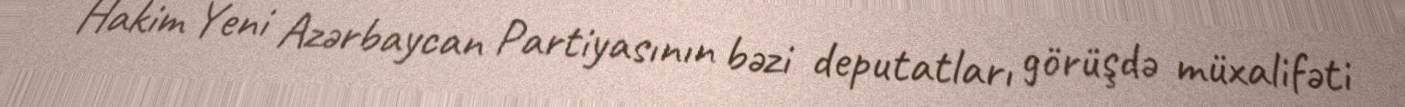
Hakim Yeni Azərbaycan Partiyasının bəzi deputatları görüşdə müxalifəti